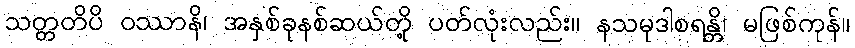
သတ္တတိပိ ဝဿာနိ၊ အနှစ်ခုနစ်ဆယ်တို့ ပတ်လုံးလည်း။ နသမုဒါစရန္တိ၊ မဖြစ်ကုန်။